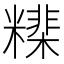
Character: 𥼠